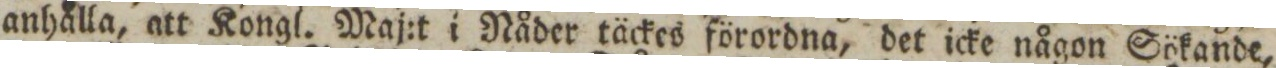
anhålla, att Kongl. Maj:t i Nåder täckes förordna, det icke någon Sökande,